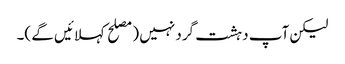
لیکن آپ دہشت گرد نہیں (مصلح کہلائیں گے )۔